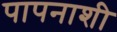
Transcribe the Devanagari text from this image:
पापनाशी